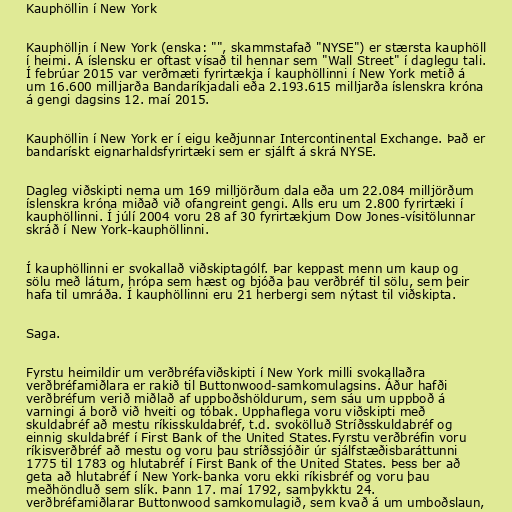
Kauphöllin í New York

Kauphöllin í New York (enska: "", skammstafað "NYSE") er stærsta kauphöll
í heimi. Á íslensku er oftast vísað til hennar sem "Wall Street" í daglegu tali.
Í febrúar 2015 var verðmæti fyrirtækja í kauphöllinni í New York metið á
um 16.600 milljarða Bandaríkjadali eða 2.193.615 milljarða íslenskra króna
á gengi dagsins 12. maí 2015.

Kauphöllin í New York er í eigu keðjunnar Intercontinental Exchange. Það er
bandarískt eignarhaldsfyrirtæki sem er sjálft á skrá NYSE.

Dagleg viðskipti nema um 169 milljörðum dala eða um 22.084 milljörðum
íslenskra króna miðað við ofangreint gengi. Alls eru um 2.800 fyrirtæki í
kauphöllinni. Í júlí 2004 voru 28 af 30 fyrirtækjum Dow Jones-vísitölunnar
skráð í New York-kauphöllinni.

Í kauphöllinni er svokallað viðskiptagólf. Þar keppast menn um kaup og
sölu með látum, hrópa sem hæst og bjóða þau verðbréf til sölu, sem þeir
hafa til umráða. Í kauphöllinni eru 21 herbergi sem nýtast til viðskipta.

Saga.

Fyrstu heimildir um verðbréfaviðskipti í New York milli svokallaðra
verðbréfamiðlara er rakið til Buttonwood-samkomulagsins. Áður hafði
verðbréfum verið miðlað af uppboðshöldurum, sem sáu um uppboð á
varningi á borð við hveiti og tóbak. Upphaflega voru viðskipti með
skuldabréf að mestu ríkisskuldabréf, t.d. svokölluð Stríðsskuldabréf og
einnig skuldabréf í First Bank of the United States.Fyrstu verðbréfin voru
ríkisverðbréf að mestu og voru þau stríðssjóðir úr sjálfstæðisbaráttunni
1775 til 1783 og hlutabréf í First Bank of the United States. Þess ber að
geta að hlutabréf í New York-banka voru ekki ríkisbréf og voru þau
meðhöndluð sem slík. Þann 17. maí 1792, samþykktu 24.
verðbréfamiðlarar Buttonwood samkomulagið, sem kvað á um umboðslaun,